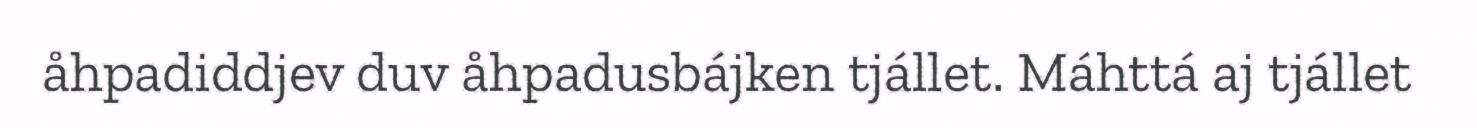
åhpadiddjev duv åhpadusbájken tjállet. Máhttá aj tjállet